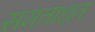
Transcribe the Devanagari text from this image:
समताधृत